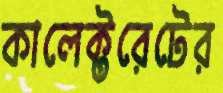
কালেক্টরেটের